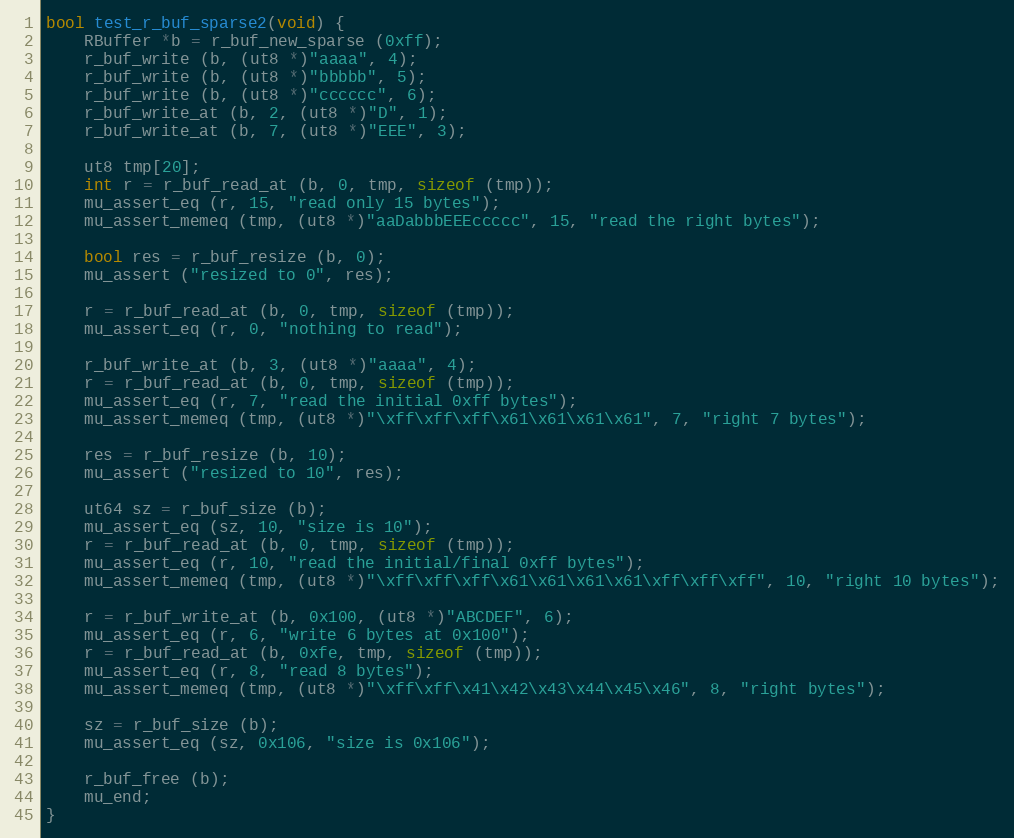
Language: C
bool test_r_buf_sparse2(void) {
	RBuffer *b = r_buf_new_sparse (0xff);
	r_buf_write (b, (ut8 *)"aaaa", 4);
	r_buf_write (b, (ut8 *)"bbbbb", 5);
	r_buf_write (b, (ut8 *)"cccccc", 6);
	r_buf_write_at (b, 2, (ut8 *)"D", 1);
	r_buf_write_at (b, 7, (ut8 *)"EEE", 3);

	ut8 tmp[20];
	int r = r_buf_read_at (b, 0, tmp, sizeof (tmp));
	mu_assert_eq (r, 15, "read only 15 bytes");
	mu_assert_memeq (tmp, (ut8 *)"aaDabbbEEEccccc", 15, "read the right bytes");

	bool res = r_buf_resize (b, 0);
	mu_assert ("resized to 0", res);

	r = r_buf_read_at (b, 0, tmp, sizeof (tmp));
	mu_assert_eq (r, 0, "nothing to read");

	r_buf_write_at (b, 3, (ut8 *)"aaaa", 4);
	r = r_buf_read_at (b, 0, tmp, sizeof (tmp));
	mu_assert_eq (r, 7, "read the initial 0xff bytes");
	mu_assert_memeq (tmp, (ut8 *)"\xff\xff\xff\x61\x61\x61\x61", 7, "right 7 bytes");

	res = r_buf_resize (b, 10);
	mu_assert ("resized to 10", res);

	ut64 sz = r_buf_size (b);
	mu_assert_eq (sz, 10, "size is 10");
	r = r_buf_read_at (b, 0, tmp, sizeof (tmp));
	mu_assert_eq (r, 10, "read the initial/final 0xff bytes");
	mu_assert_memeq (tmp, (ut8 *)"\xff\xff\xff\x61\x61\x61\x61\xff\xff\xff", 10, "right 10 bytes");

	r = r_buf_write_at (b, 0x100, (ut8 *)"ABCDEF", 6);
	mu_assert_eq (r, 6, "write 6 bytes at 0x100");
	r = r_buf_read_at (b, 0xfe, tmp, sizeof (tmp));
	mu_assert_eq (r, 8, "read 8 bytes");
	mu_assert_memeq (tmp, (ut8 *)"\xff\xff\x41\x42\x43\x44\x45\x46", 8, "right bytes");

	sz = r_buf_size (b);
	mu_assert_eq (sz, 0x106, "size is 0x106");

	r_buf_free (b);
	mu_end;
}